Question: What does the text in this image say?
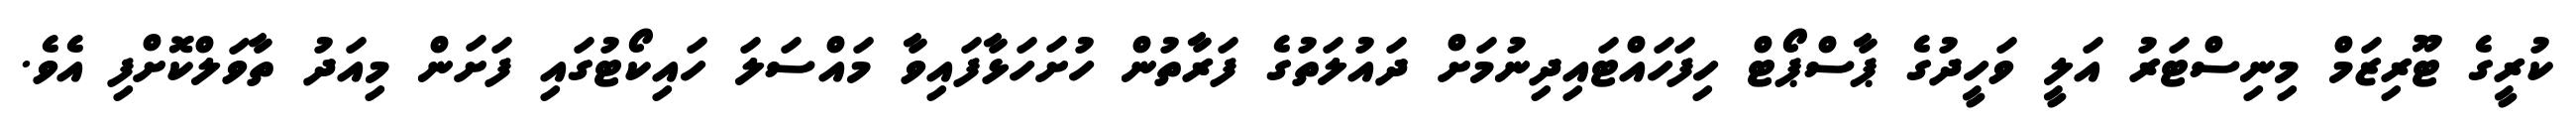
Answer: ކުރީގެ ޓޫރިޒަމް މިނިސްޓަރު އަލީ ވަހީދުގެ ޕާސްޕޯޓް ހިފަހައްޓައިދިނުމަށް ދައުލަތުގެ ފަރާތުން ހުށަހަޅާފައިވާ މައްސަލަ ހައިކޯޓުގައި ފަށަން މިއަދު ތާވަލްކޮށްފި އެވެ.